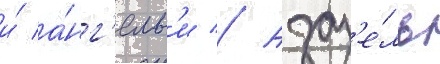
и́ а́нг'елам'и // Азаз'е́ль